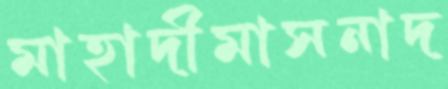
মাহাদীমাসনাদ